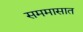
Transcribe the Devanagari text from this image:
सममासात